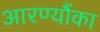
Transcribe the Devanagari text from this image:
आरण्यौंका